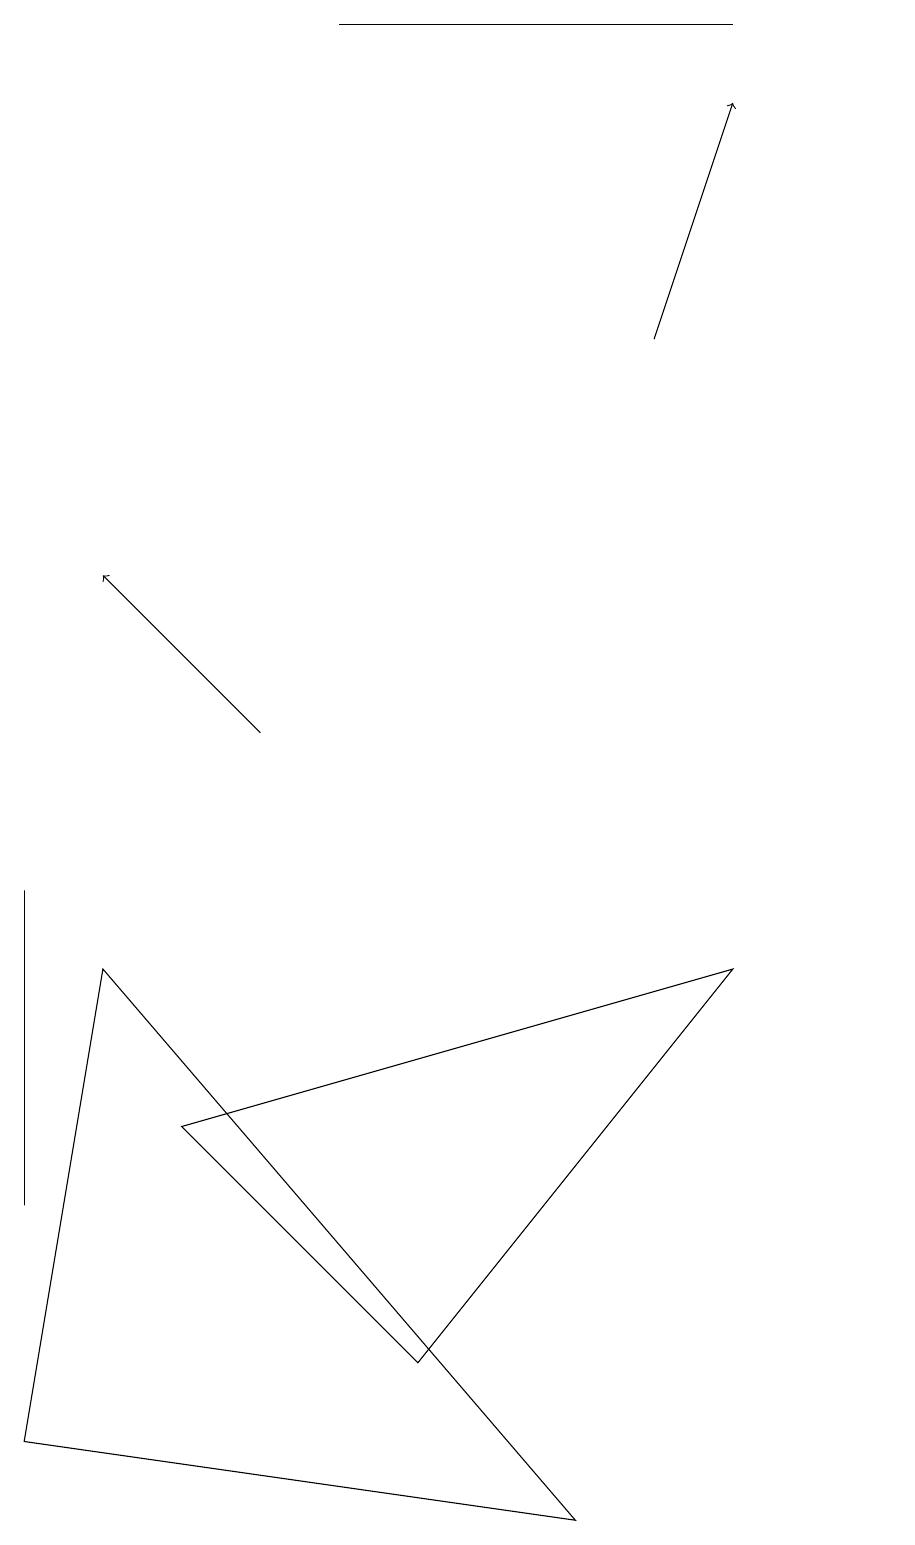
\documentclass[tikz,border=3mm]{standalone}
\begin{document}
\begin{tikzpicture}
\draw[->] (8,15) -- (9,18);
\draw (1,7) -- (7,0) -- (0,1) -- cycle;
\draw (11,11) circle (0);
\draw (4,19) rectangle (9,19);
\draw[->] (3,10) -- (1,12);
\draw (0,4) -- (0,8) -- (0,5) -- cycle;
\draw (9,7) -- (2,5) -- (5,2) -- cycle;
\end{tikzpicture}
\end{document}